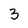
Character: 3